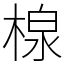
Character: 楾